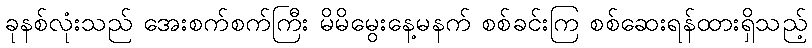
ခုနစ်လုံးသည် အေးစက်စက်ကြီး မိမိမွေးနေ့မနက် စစ်ခင်းကြ စစ်ဆေးရန်ထားရှိသည့်